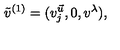
\tilde { v } ^ { ( 1 ) } = ( v _ { j } ^ { \vec { u } } , 0 , v ^ { \lambda } ) ,